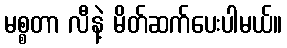
မစ္စတာ လီနဲ့ မိတ်ဆက်ပေးပါမယ်။